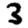
Digit: 3